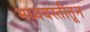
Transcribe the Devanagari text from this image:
मध्यवस्तीतून